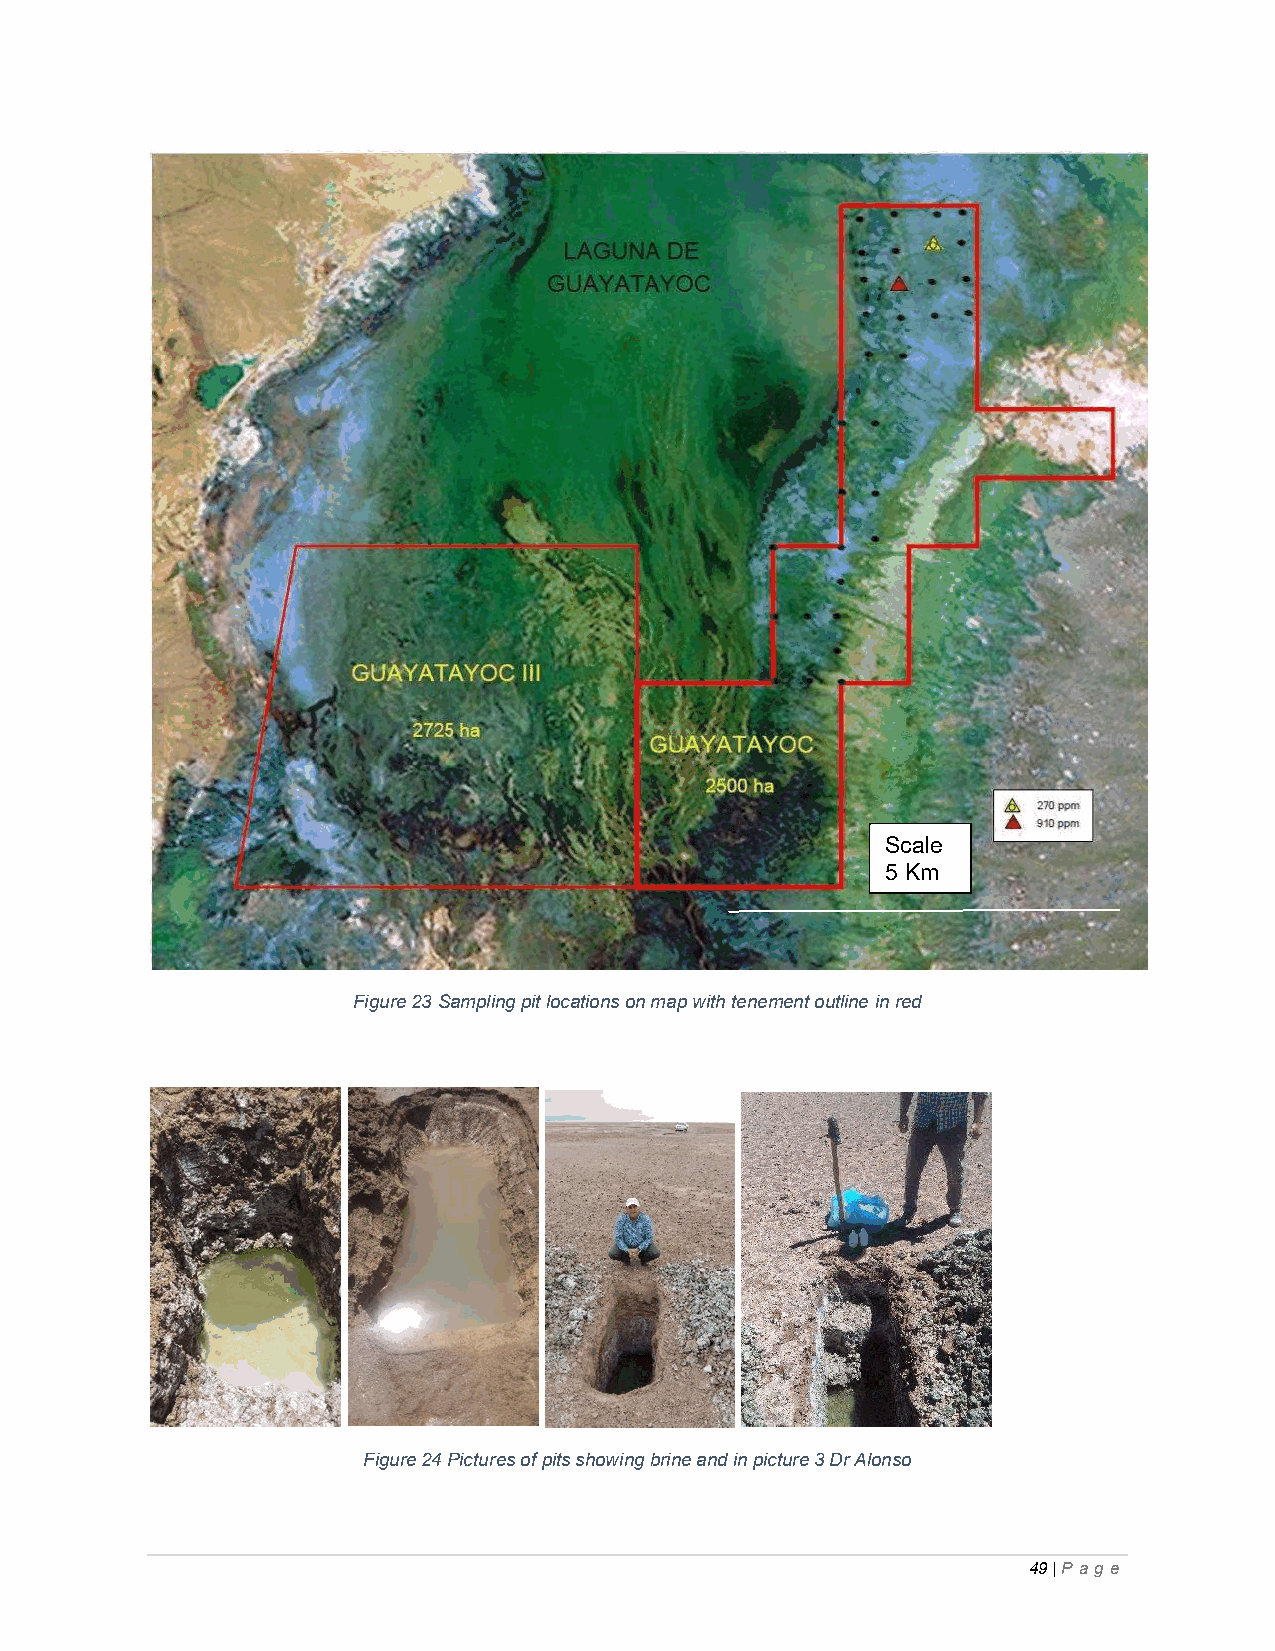
Scale
 5 Km
 Figure 23 Sampling pit locations on map with tenement outline in red
 Figure 24 Pictures of pits showing brine and in picture 3 Dr Alonso
 49 | P ag e